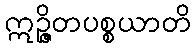
ဣဉ္ဇိတပစ္စယာတိ